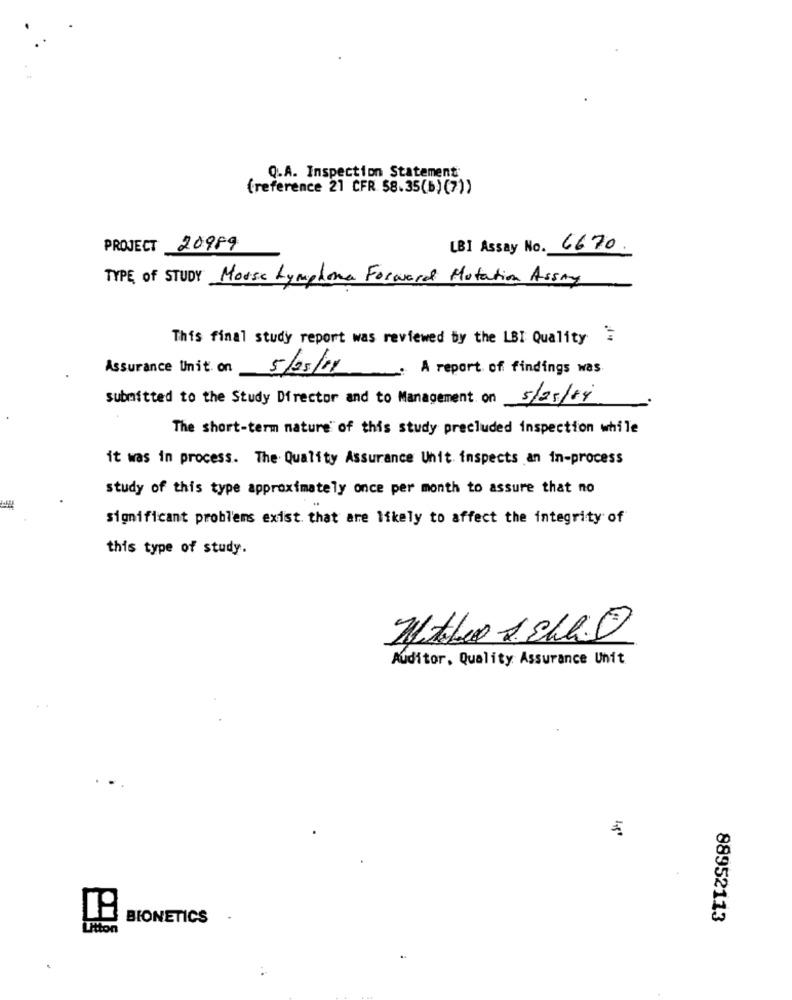
Q.A. Inspection Statement
(reference 21 CFR 58.35(b) (7))
PROJECT 20989
[B] Assay No. 6670
TYPE of STUDY Morse Lymphoma Forward Motation Assay
This final study report was reviewed by the LBI Quality =
Assurance Unit. on
5/05/11
. A report of findings was
submitted to the Study Director and to Management on 5/05/19
The short-term nature of this study precluded inspection while
it was in process. The Quality Assurance Unit. inspects an in-process
IE
study of this type approximately once per month to assure that no
significant problems exist. that are likely to affect the integrity of
this type of study.
Auditor, Quality Assurance Unit
BIONETICS
88952113
Utton
: